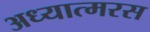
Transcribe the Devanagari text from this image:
अध्यात्मरस